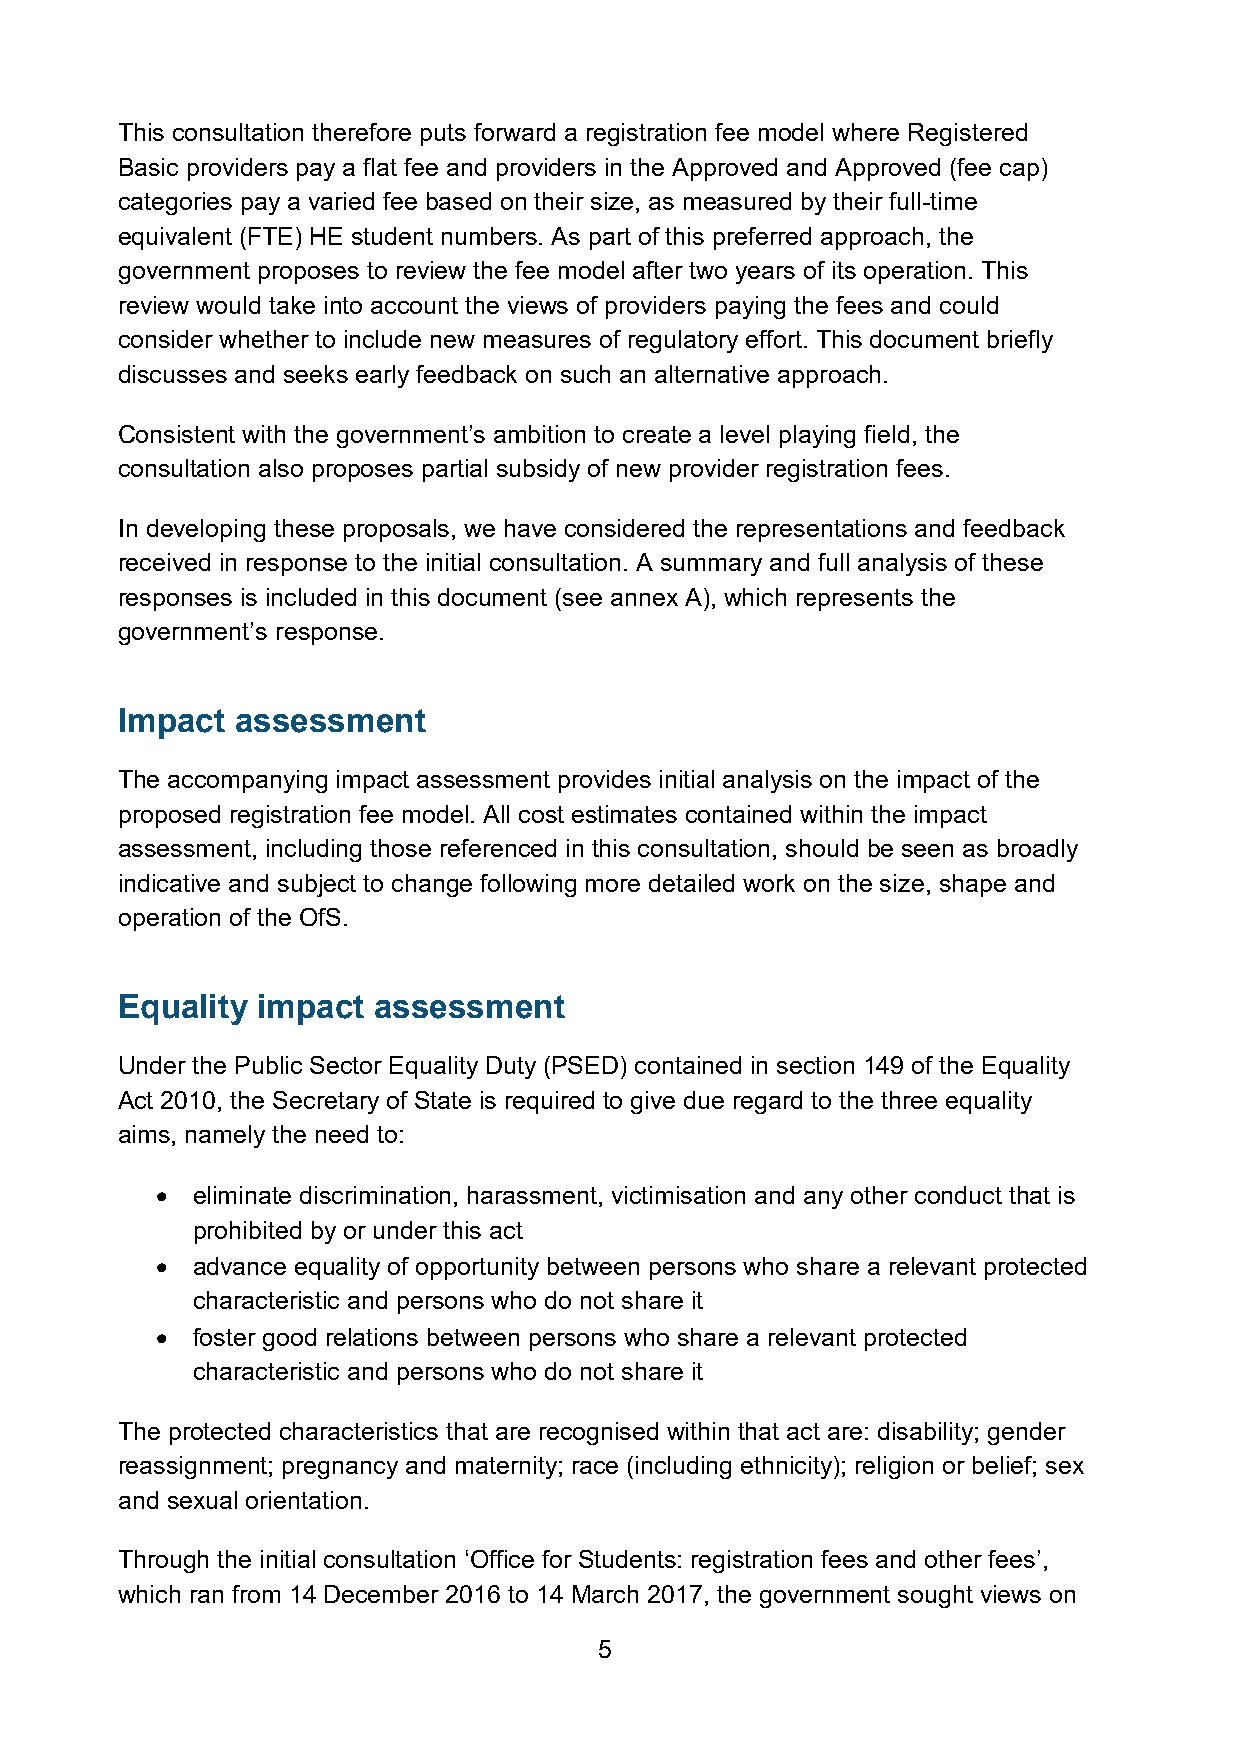
This consultation therefore puts forward a registration fee model where Registered
 Basic providers pay a flat fee and providers in the Approved and Approved (fee cap)
 categories pay a varied fee based on their size, as measured by their full-time
 equivalent (FTE) HE student numbers. As part of this preferred approach, the
 government proposes to review the fee model after two years of its operation. This
 review would take into account the views of providers paying the fees and could
 consider whether to include new measures of regulatory effort. This document briefly
 discusses and seeks early feedback on such an alternative approach.
 Consistent with the government’s ambition to create a level playing field, the
 consultation also proposes partial subsidy of new provider registration fees.
 In developing these proposals, we have considered the representations and feedback
 received in response to the initial consultation. A summary and full analysis of these
 responses is included in this document (see annex A), which represents the
 government’s response.
 Impact  assessment
 The accompanying impact assessment provides initial analysis on the impact of the
 proposed registration fee model. All cost estimates contained within the impact
 assessment, including those referenced in this consultation, should be seen as broadly
 indicative and subject to change following more detailed work on the size, shape and
 operation of the OfS.
 Equality impact  assessment
 Under the Public Sector Equality Duty (PSED) contained in section 149 of the Equality
 Act 2010, the Secretary of State is required to give due regard to the three equality
 aims, namely the need to:
 •  eliminate discrimination, harassment, victimisation and any other conduct that is
 prohibited by or under this act
 •  advance equality of opportunity between persons who share a relevant protected
 characteristic and persons who do not share it
 •  foster good relations between persons who share a relevant protected
 characteristic and persons who do not share it
 The protected characteristics that are recognised within that act are: disability; gender
 reassignment; pregnancy and maternity; race (including ethnicity); religion or belief; sex
 and sexual orientation.
 Through the initial consultation ‘Office for Students: registration fees and other fees’,
 which ran from 14 December 2016 to 14 March 2017, the government sought views on
 5